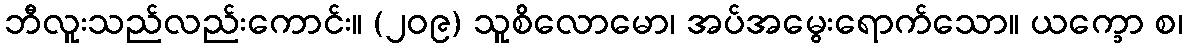
ဘီလူးသည်လည်းကောင်း။ (၂၀၉) သူစိလောမော၊ အပ်အမွေးရောက်သော။ ယက္ခော စ၊